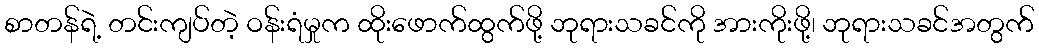
စာတန်ရဲ့ တင်းကျပ်တဲ့ ဝန်းရံမှုက ထိုးဖောက်ထွက်ဖို့ ဘုရားသခင်ကို အားကိုးဖို့၊ ဘုရားသခင်အတွက်